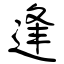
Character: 逢